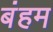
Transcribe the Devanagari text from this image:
बंहम